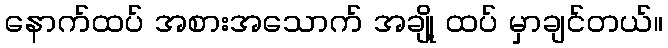
နောက်ထပ် အစားအသောက် အချို့ ထပ် မှာချင်တယ်။